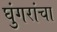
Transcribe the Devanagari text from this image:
घुंगरांचा